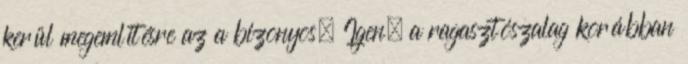
kerül megemlítésre az a bizonyos. Igen, a ragasztószalag korábban